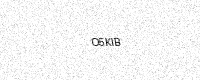
Text: O5KIB